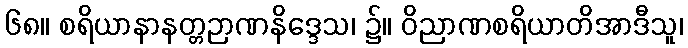
၆၈။ စရိယာနာနတ္တဉာဏနိဒ္ဒေသ၊ ၌။ ဝိညာဏစရိယာတိအာဒီသူ၊